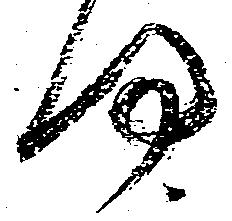
何